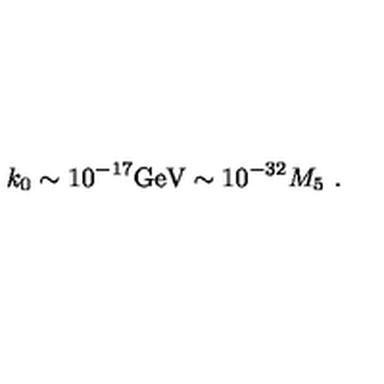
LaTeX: k _ { 0 } \sim 1 0 ^ { - 1 7 } \mathrm { G e V } \sim 1 0 ^ { - 3 2 } M _ { 5 } \ .